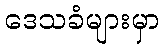
ဒေသခံများမှာ